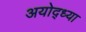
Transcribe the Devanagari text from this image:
अयोद्ध्या